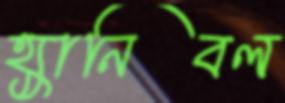
হ্যানিবল